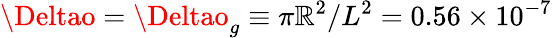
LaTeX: \Deltao=\Deltao_{g}\equiv\pi\mathbb{R}^{2}/L^{2}=0.56\times10^{-7}